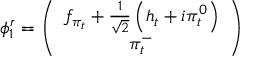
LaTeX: \phi _ { 1 } ^ { r } = \left( \begin{array} { c } { { f _ { \pi _ { t } } + \frac { 1 } { \sqrt { 2 } } \left( h _ { t } + i \pi _ { t } ^ { 0 } \right) } } \\ { { \pi _ { t } ^ { - } } } \end{array} \right)